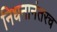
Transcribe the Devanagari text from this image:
निधनानंतरच